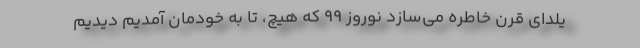
یلدای قرن خاطره می‌سازد نوروز 99 که هیچ، تا به خودمان آمدیم دیدیم